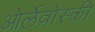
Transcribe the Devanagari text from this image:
ओर्लेवोस्की